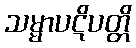
သမ္မာပဋိပတ္တိ